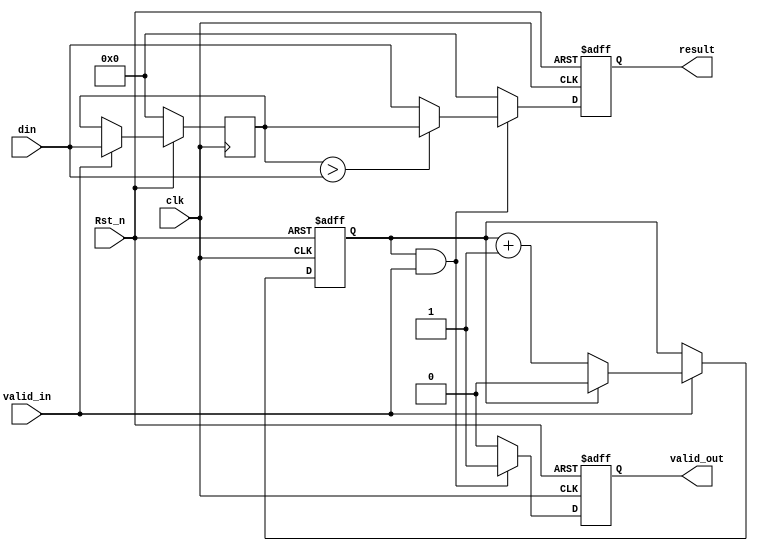
`timescale 1ns / 1ps
//////////////////////////////////////////////////////////////////////////////////
// Company: 
// Engineer: 
// 
// Design Name: 
// Module Name: maxline
// Project Name: 
// Target Devices: 
// Tool Versions: 
// Description: 
// 
// Dependencies: 
// 
// Revision:
// Revision 0.01 - File Created
// Additional Comments:
// 
module maxline #(
    parameter M = 16 //data width
    )
    (
    input clk,
    input Rst_n,
    input [M-1:0] din,
    input valid_in,
    output reg [M-1:0] result,
    output reg valid_out
    );
    reg count;
    always @(posedge clk or negedge Rst_n) begin
        if (!Rst_n) begin
            count <= 0;
        end
        else if (valid_in)
            if (count == 1) begin
                count <= 0;
            end
            else begin
                count <= count + 1;
            end    
    end
    reg [M-1:0] data_before;
    always @(posedge clk ) begin
        if (!Rst_n) begin
            data_before <= 0;
        end
        else if (valid_in) begin
            data_before <= din;
        end
    end
    
    always @(posedge clk or negedge Rst_n) begin
        if (!Rst_n) begin
            result <= 0;
            valid_out <= 0;
        end
        else if (count == 1 && valid_in) 
            if (data_before >din) begin
                result <= data_before;
                valid_out <= 1;
            end
            else begin
                result <= din;
                valid_out <= 1;
            end    
        else begin 
            result <= 0;
            valid_out <= 0;
        end
    end
    
endmodule